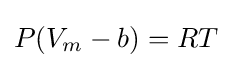
P(V_{m}-b)=RT